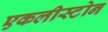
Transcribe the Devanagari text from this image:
एकलीस्टोन